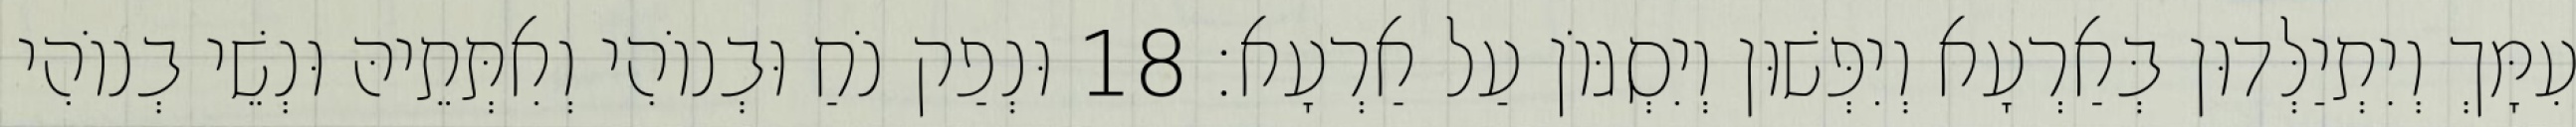
עִמָּךְ וְיִתְיַלְּדוּן בְּאַרְעָא וְיִפְּשׁוּן וְיִסְגּוֹן עַל אַרְעָא׃ 18 וּנְפַק נֹחַ וּבְנוֹהִי וְאִתְּתֵיהּ וּנְשֵׁי בְנוֹהִי